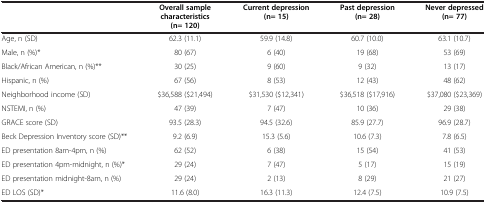
|  | Overall sample characteristics (n= 120) | Current depression (n= 15) | Past depression (n= 28) | Never depressed (n= 77) |
 | --- | --- | --- | --- | --- |
 | Age, n (SD) | 62.3 (11.1) | 59.9 (14.8) | 60.7 (10.0) | 63.1 (10.7) |
 | Male, n (%)* | 80 (67) | 6 (40) | 19 (68) | 53 (69) |
 | Black/African American, n (%)** | 30 (25) | 9 (60) | 9 (32) | 13 (17) |
 | Hispanic, n (%) | 67 (56) | 8 (53) | 12 (43) | 48 (62) |
 | Neighborhood income (SD) | $36,588 ($21,494) | $31,530 ($12,341) | $36,518 ($17,916) | $37,080 ($23,369) |
 | NSTEMI, n (%) | 47 (39) | 7 (47) | 10 (36) | 29 (38) |
 | GRACE score (SD) | 93.5 (28.3) | 94.5 (32.6) | 85.9 (27.7) | 96.9 (28.7) |
 | Beck Depression Inventory score (SD)** | 9.2 (6.9) | 15.3 (5.6) | 10.6 (7.3) | 7.8 (6.5) |
 | ED presentation 8am-4pm, n (%) | 62 (52) | 6 (38) | 15 (54) | 41 (53) |
 | ED presentation 4pm-midnight, n (%)* | 29 (24) | 7 (47) | 5 (17) | 15 (19) |
 | ED presentation midnight-8am, n (%) | 29 (24) | 2 (13) | 8 (29) | 21 (27) |
 | ED LOS (SD)* | 11.6 (8.0) | 16.3 (11.3) | 12.4 (7.5) | 10.9 (7.5) |